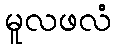
မူလဖလံ